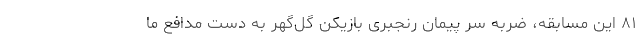
۸۱ این مسابقه، ضربه سر پیمان رنجبری بازیکن گل‌گهر به دست مدافع ما